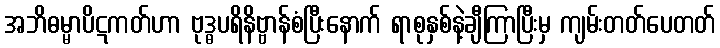
အဘိဓမ္မာပိဋကတ်ဟာ ဗုဒ္ဓပရိနိဗ္ဗာန်စံပြီးနောက် ရာစုနှစ်နဲ့ချီကြာပြီးမှ ကျမ်းတတ်ပေတတ်